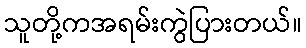
သူတို့ကအရမ်းကွဲပြားတယ်။